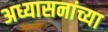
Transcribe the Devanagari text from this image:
अध्यासनांच्या